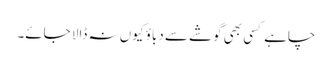
چاہے کسی بھی گوشے سے دباؤ کیوں نہ ڈالا جائے۔